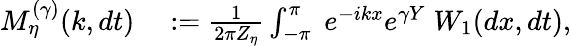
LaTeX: \begin{array}{rl}{M_{\eta}^{(\gamma)}(k,dt)}&{{}:=\frac{1}{2\pi Z_{\eta}}\int_{-\pi}^{\pi}\; e^{-ikx}e^{\gamma Y}\; W_{1}(dx,dt),}\end{array}